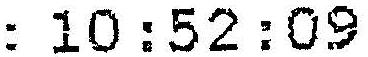
: 10:52:09